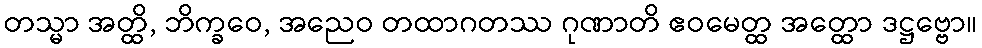
တသ္မာ အတ္ထိ, ဘိက္ခဝေ, အညေဝ တထာဂတဿ ဂုဏာတိ ဧဝမေတ္ထ အတ္ထော ဒဋ္ဌဗ္ဗော။